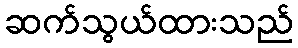
ဆက်သွယ်ထားသည်